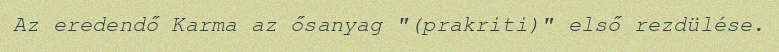
Az eredendő Karma az ősanyag "(prakriti)" első rezdülése.